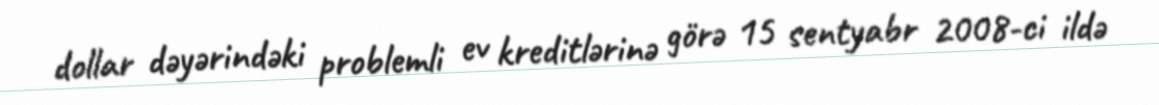
dollar dəyərindəki problemli ev kreditlərinə görə 15 sentyabr 2008-ci ildə